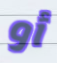
أو